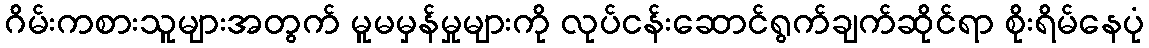
ဂိမ်းကစားသူများအတွက် မူမမှန်မှုများကို လုပ်ငန်းဆောင်ရွက်ချက်ဆိုင်ရာ စိုးရိမ်နေပုံ